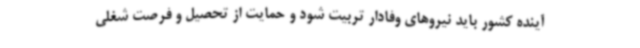
آینده کشور باید نیروهای وفادار تربیت شود و حمایت از تحصیل و فرصت شغلی